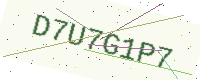
Text: D7U7G1P7